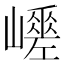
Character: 𡾑